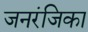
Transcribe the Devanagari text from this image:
जनरंजिका